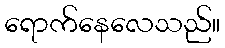
ရောက်နေလေသည်။